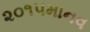
૨૦૧૫માનવ